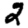
Digit: 2